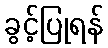
ခွင့်ပြုရန်